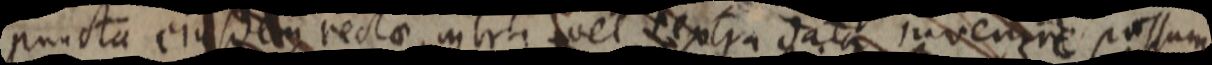
puncta ejusdem rectae intra vel extra data invenire possum